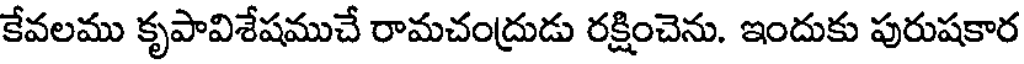
కేవలము కృపావిశేషముచే రామచంద్రుడు రక్షించెను. ఇందుకు పురుషకార